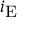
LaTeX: i _ { \mathrm { E } }